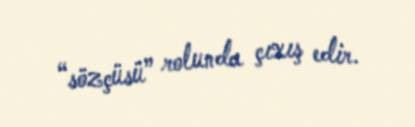
“sözçüsü” rolunda çıxış edir.